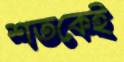
শতকেই